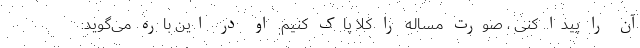
آن را پیدا کنی ، صورت مساله را کلا پاک کنیم. او در این باره می‌گوید: